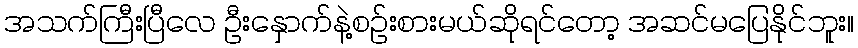
အသက်ကြီးပြီလေ ဦးနှောက်နဲ့စဉ်းစားမယ်ဆိုရင်တော့ အဆင်မပြေနိုင်ဘူး။